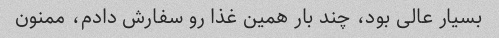
بسیار عالی بود، چند بار همین غذا رو سفارش دادم، ممنون